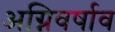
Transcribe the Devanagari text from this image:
अग्निवर्षाव